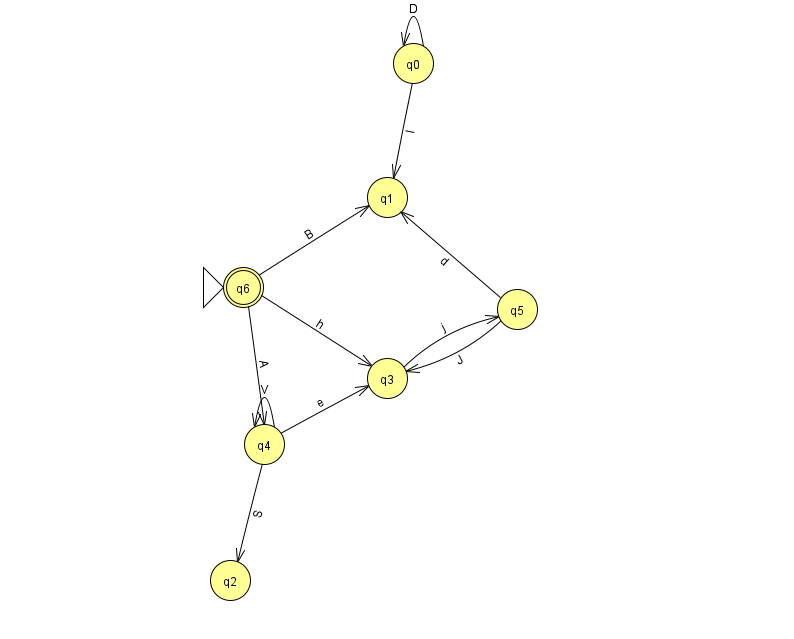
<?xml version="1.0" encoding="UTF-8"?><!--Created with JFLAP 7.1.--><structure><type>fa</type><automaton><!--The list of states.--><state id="0" name="q0"><x>413.0</x><y>50.0</y></state><state id="1" name="q1"><x>387.0</x><y>184.0</y></state><state id="2" name="q2"><x>230.0</x><y>567.0</y></state><state id="3" name="q3"><x>387.0</x><y>365.0</y></state><state id="4" name="q4"><x>264.0</x><y>431.0</y></state><state id="5" name="q5"><x>517.0</x><y>296.0</y></state><state id="6" name="q6"><x>243.0</x><y>274.0</y><initial/><final/></state><!--The list of transitions.--><transition><from>6</from><to>3</to><read>h</read></transition><transition><from>4</from><to>2</to><read>S</read></transition><transition><from>3</from><to>5</to><read>j</read></transition><transition><from>5</from><to>3</to><read>J</read></transition><transition><from>6</from><to>4</to><read>A</read></transition><transition><from>0</from><to>0</to><read>D</read></transition><transition><from>4</from><to>4</to><read>V</read></transition><transition><from>6</from><to>1</to><read>B</read></transition><transition><from>5</from><to>1</to><read>d</read></transition><transition><from>0</from><to>1</to><read>l</read></transition><transition><from>4</from><to>3</to><read>e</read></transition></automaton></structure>